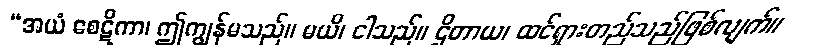
“အယံ စေဋိကာ၊ ဤကျွန်မသည်။ မယိ၊ ငါသည်။ ဌိတာယ၊ ထင်ရှားတည်သည်ဖြစ်လျက်။